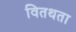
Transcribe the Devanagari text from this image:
वितथता